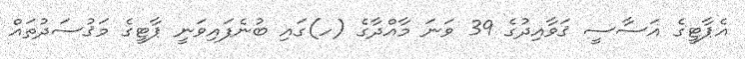
އެޕާޓީގެ އަސާސީ ޤަވާއިދުގެ 39 ވަނަ މާއްދާގެ (ހ)ގައި ބުނެފައިވަނީ ޕާޓީގެ މަޤުސަދުތައް